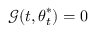
\boldsymbol { \mathcal { G } } ( t , { \boldsymbol { \theta } } _ { t } ^ { * } ) = 0